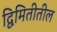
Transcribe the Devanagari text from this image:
द्विमितीतील